Lunatic asylums Bombay report 1891-1903 - 1891-1903
Year: 1891
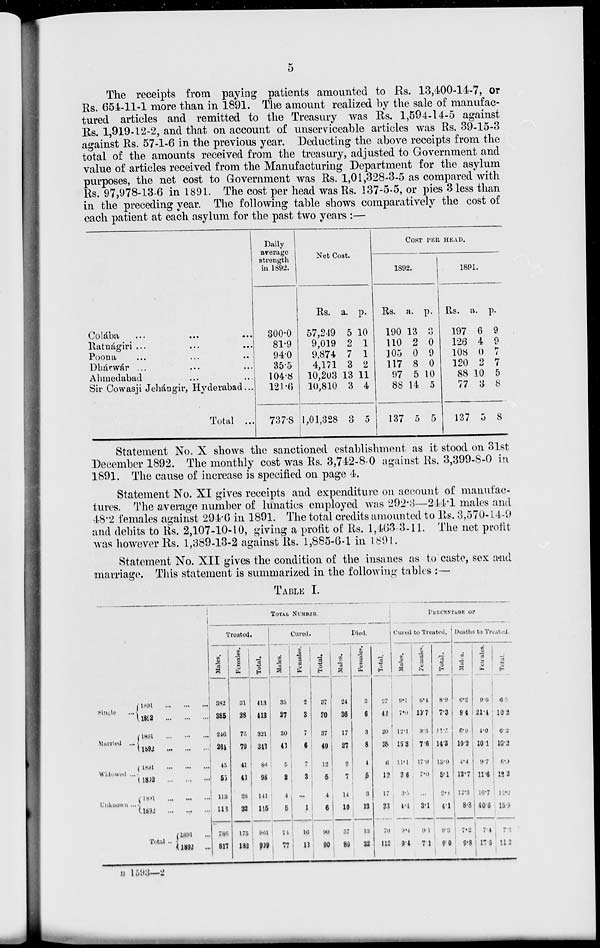
5
The receipts from paying patients amounted to Rs. 13,400-14-7, or
Rs. 654-11-1 more than in 1891. The amount realized by the sale of manufac-
tured articles and remitted to the Treasury was Rs. 1,594-14-5 against
Rs. 1,919-12-2, and that on account of unserviceable articles was Rs. 39-15-3
against Rs. 57-1-6 in the previous year. Deducting the above receipts from the
total of the amounts received from the treasury, adjusted to Government and
value of articles received from the Manufacturing Department for the asylum
purposes, the net cost to Government was Rs. 1,01,328-3-5 as compared with
Rs. 97,978-13-6 in 1891. The cost per head was Rs. 137-5-5, or pies 3 less than
in the preceding year. The following table shows comparatively the cost of
each patient at each asylum for the past two years :—
Colába ... ... ...
Ratnágiri ... ... ...
Poona ... ... ...
Dhárwár ... ... ...
Ahmedabad ... ...
Sir Cowasji Jehángir, Hyderabad ...
Total ...
Daily
arerage
strength
in 1892.
300.0
81.9
940
35.5
104.8
121.6
737.8
Net Cost.
Rs.
57,249
9,019
9,874
4,171
10,203
10,810
1,01,328
a.
5
2
7
3
13
3
3
p.
10
1
1
2
11
4
5
COST PER HEAD.
1892.
Rs.
190
110
105
117
97
88
137
a.
13
2
0
8
5
14
5
p.
3
0
9
0
10
5
5
1891.
Rs.
197
126
108
120
88
77
137
a.
6
4
0
2
10
3
5
p.
9
9
7
7
5
8
8
Statement No. X shows the sanctioned establishment as it stood on 31st
December 1892. The monthly cost was Rs. 3,742-8-0 against Rs. 3,399-8-0 in
1891. The cause of increase is specified on page 4.
Statement No. XI gives receipts and expenditure on account of manufac-
tures. The average number of lunatics employed was 292.3—214.1 males and
48.2 females against 294.6 in 1891. The total credits amounted to Rs. 3,570-14-9
and debits to Rs. 2,107-10-10, giving a profit of Rs. 1,463-3-11. The net profit
was however Rs. 1,389-13-2 against Rs. 1,885-6-1 in 1891.
Statement No. XII gives the condition of the insanes as to caste, sex and
marriage. This statement is summarized in the following tables :—
TABLE I.
Single ...
Married
...
Widowed ...
Unknown ...
1891 ... ... ...
1892
...
...
...
1891... ... ...
1892 ... ... ...
1891 ... ... ...
1892 ... ... ...
1891 ... ... ...
1892 ... ... ...
Total
...
1891 ... ... ...
1892 ... ... ...
TOTAL NUMBER.
Treated.
Males.
382
385
246
264
45
55
113
113
786
817
Females.
31
28
75
79
41
43
28
32
175
182
Total.
413
413
321
343
86
98
141
115
961
999
Cured.
Males.
35
27
30
43
5
2
4
5
74
77
Females.
2
3
7
6
7
3
...
1
16
13
Total.
37
30
37
49
12
5
4
6
90
90
Died.
Males.
24
36
17
27
2
7
14
10
57
80
Females
3
6
3
8
4
5
3
13
13
32
Total.
27
42
20
35
6
12
17
23
70
112
PERCENTAGE OF
Cured to Treated.
Males.
9.1
7.0
12.1
16.3
11.1
3.6
3.5
4.1
9.4
9.4
Females'.
6.1
10.7
9.3
7.6
17.0
7.0
...
3.1
9.1
7.1
Total.
8.9
7.3
11.5
14.3
13.9
5.1
2.3
4.1
9.3
9.0
Deaths to Treated.
Males.
6.2
94
6.9
10.2
4.4
12.7
12.3
8.3
7.2
9.8
Females.
9.6
21.4
4.0
10.1
9.7
11.6
10.7
40.6
7.4
17.6
Total.
6.5
10.2
6.2
10.2
6.9
12.2
12.0
15.9
7.2
11.2
B 1593-2